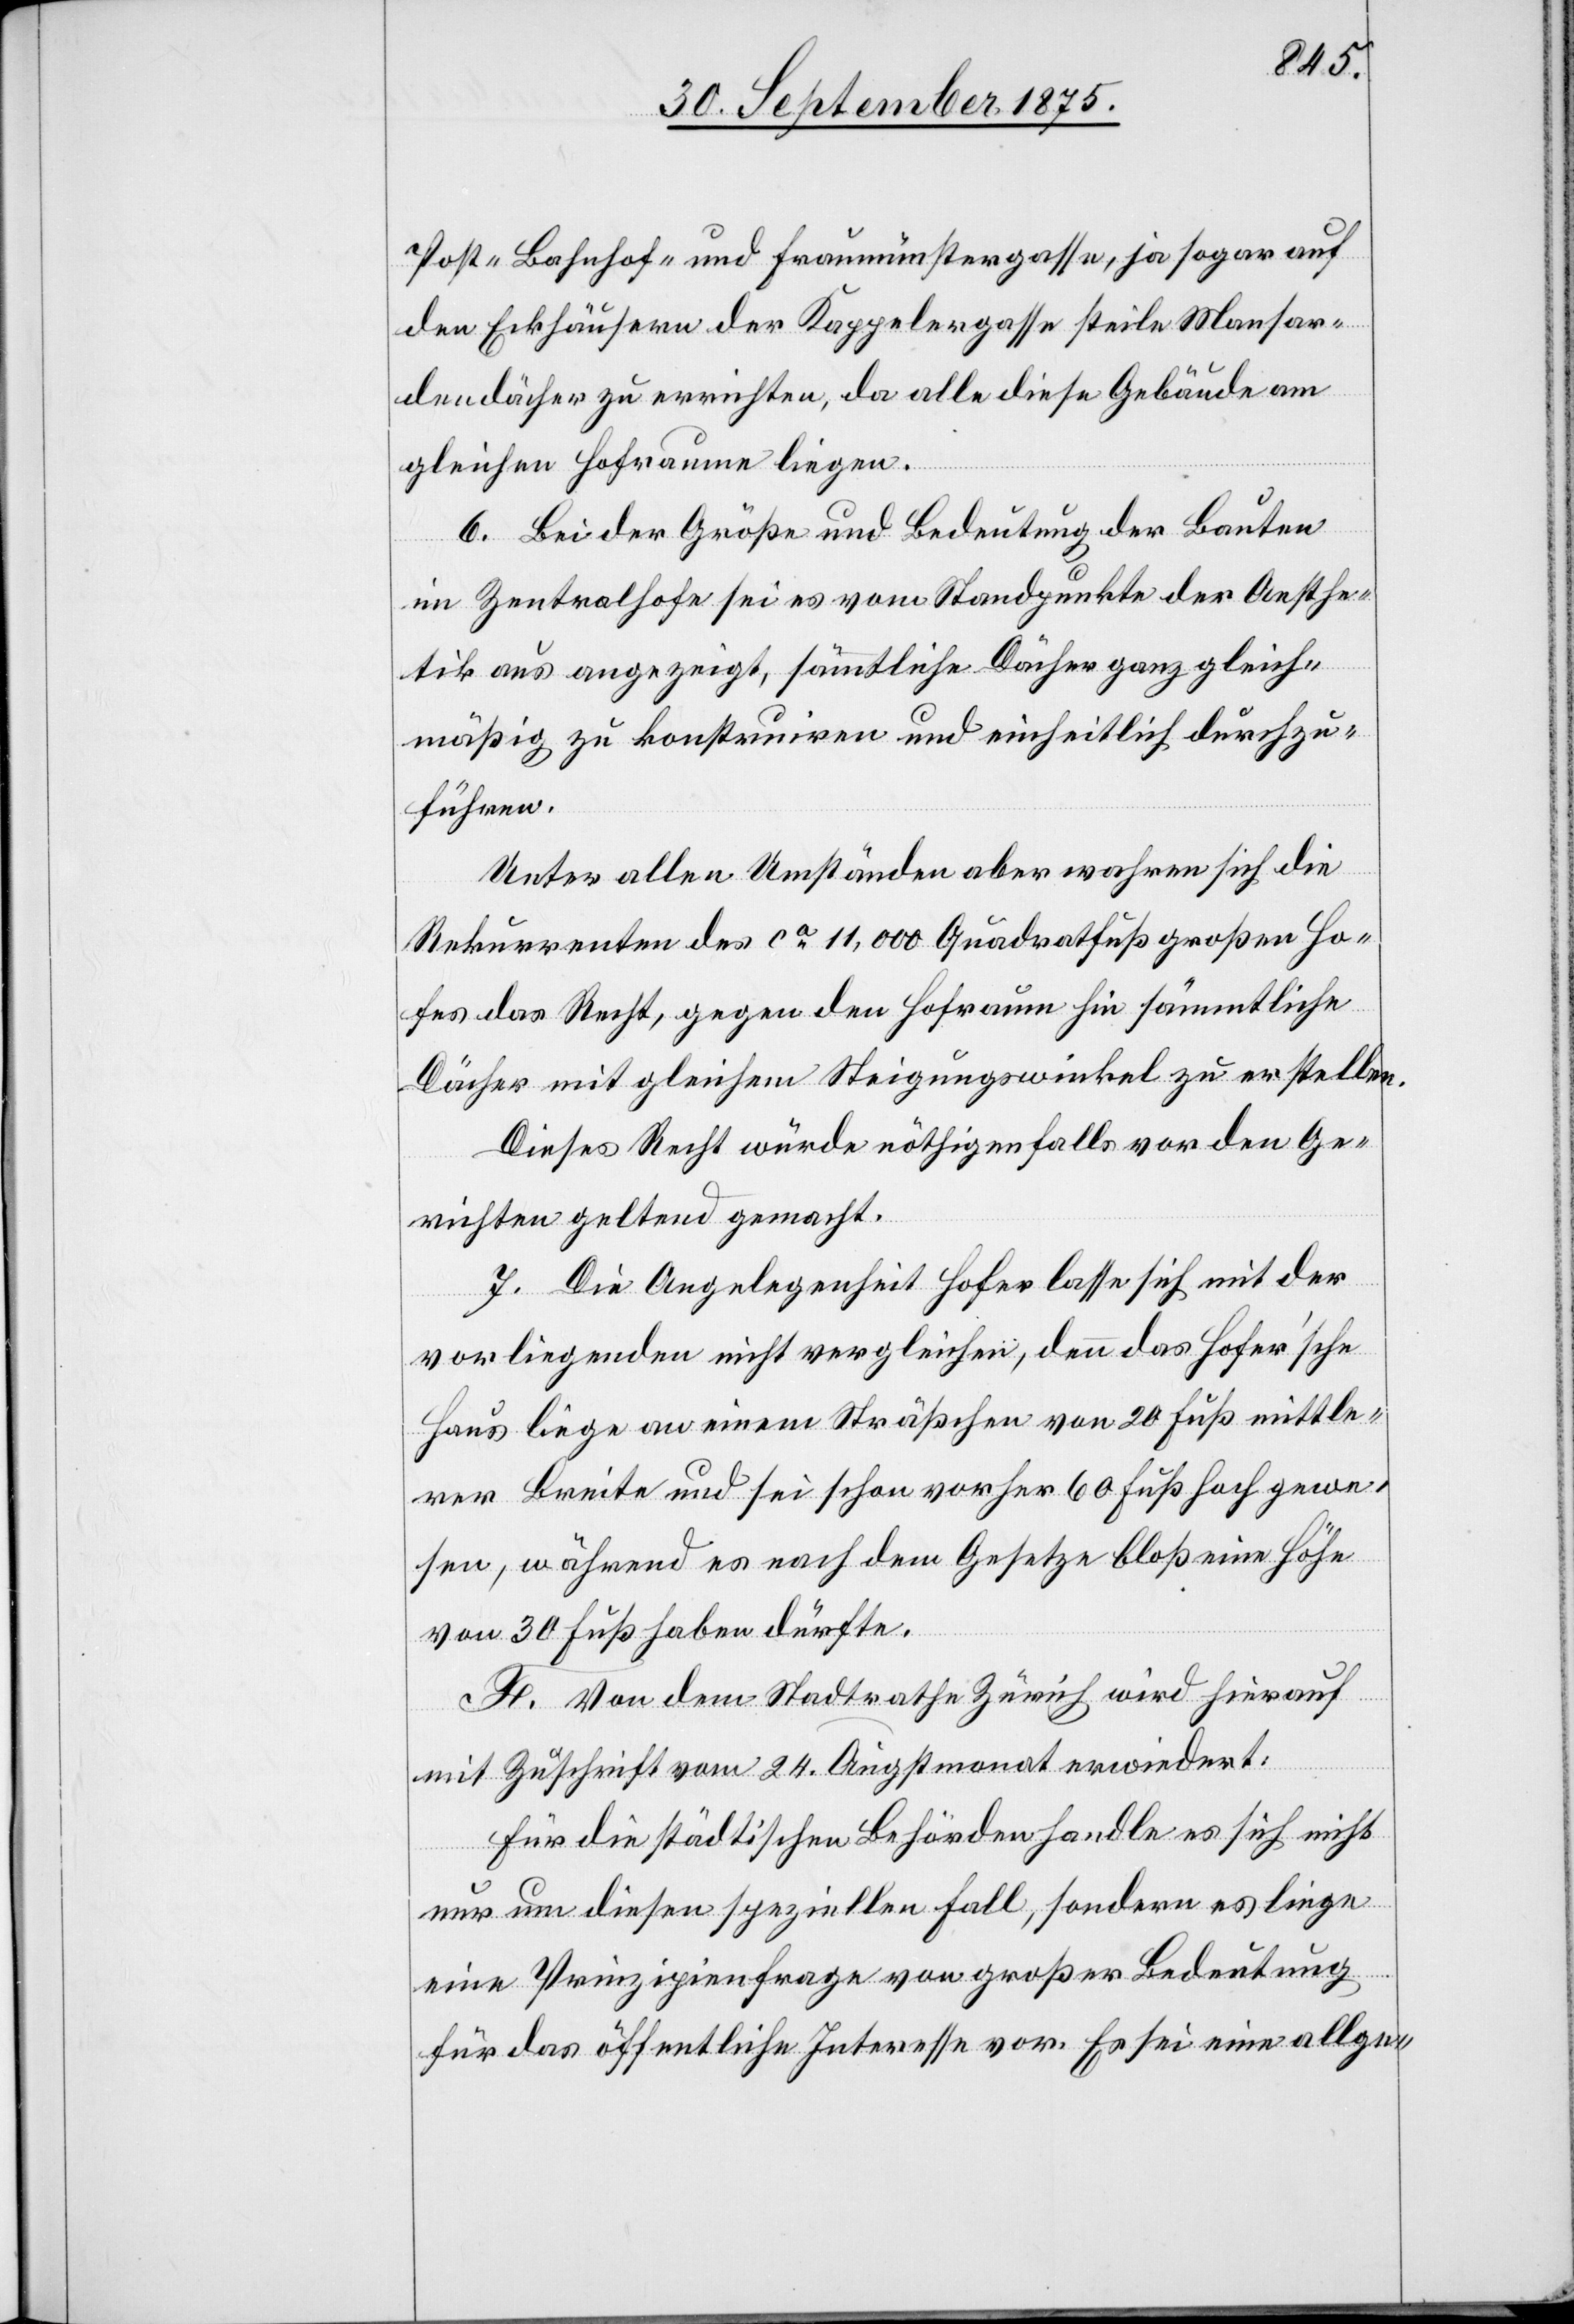
Post- Bahnhof- und Fraumünstergasse, ja sogar auf
den Eckhäusern der Kappelergasse steile Mansar¬
dendächer zu errichten, da alle diese Gebäude am
gleichen Hofraume liegen.
6. Bei der Größe und Bedeutung der Bauten
im Zentralhofe sei es vom Standpunkte der Aesthe¬
tik aus angezeigt, sämmtliche Dächer ganz gleich¬
mäßig zu konstruiren und einheitlich durchzu¬
führen.
Unter allen Umständen aber wahren sich die
Rekurrenten des ca 11,000 Quadratfuß großen Ho¬
fes das Recht, gegen den Hofraum hin sämmtliche
Dächer mit gleichem Steigungswinkel zu erstellen.
Dieses Recht würde nöthigenfalls vor den Ge¬
richten geltend gemacht.
7. Die Angelegenheit Hofer lasse sich mit der
vorliegenden nicht vergleichen, denn das Hofer’sche
Haus liege an einem Sträßchen von 20 Fuß mittle¬
rer Breite und sei schon vorher 60 Fuß hoch gewe¬
sen, während es nach dem Gesetze bloß eine Höhe
von 30 Fuß haben dürfte.
F. Von dem Stadtrathe Zürich wird hierauf
mit Zuschrift vom 24. Augstmonat erwiedert:
Für die städtischen Behörden handle es sich nicht
nur um diesen speziellen Fall, sondern es liege
eine Prinzipienfrage von großer Bedeutung
für das öffentliche Interesse vor. Es sei eine allge-